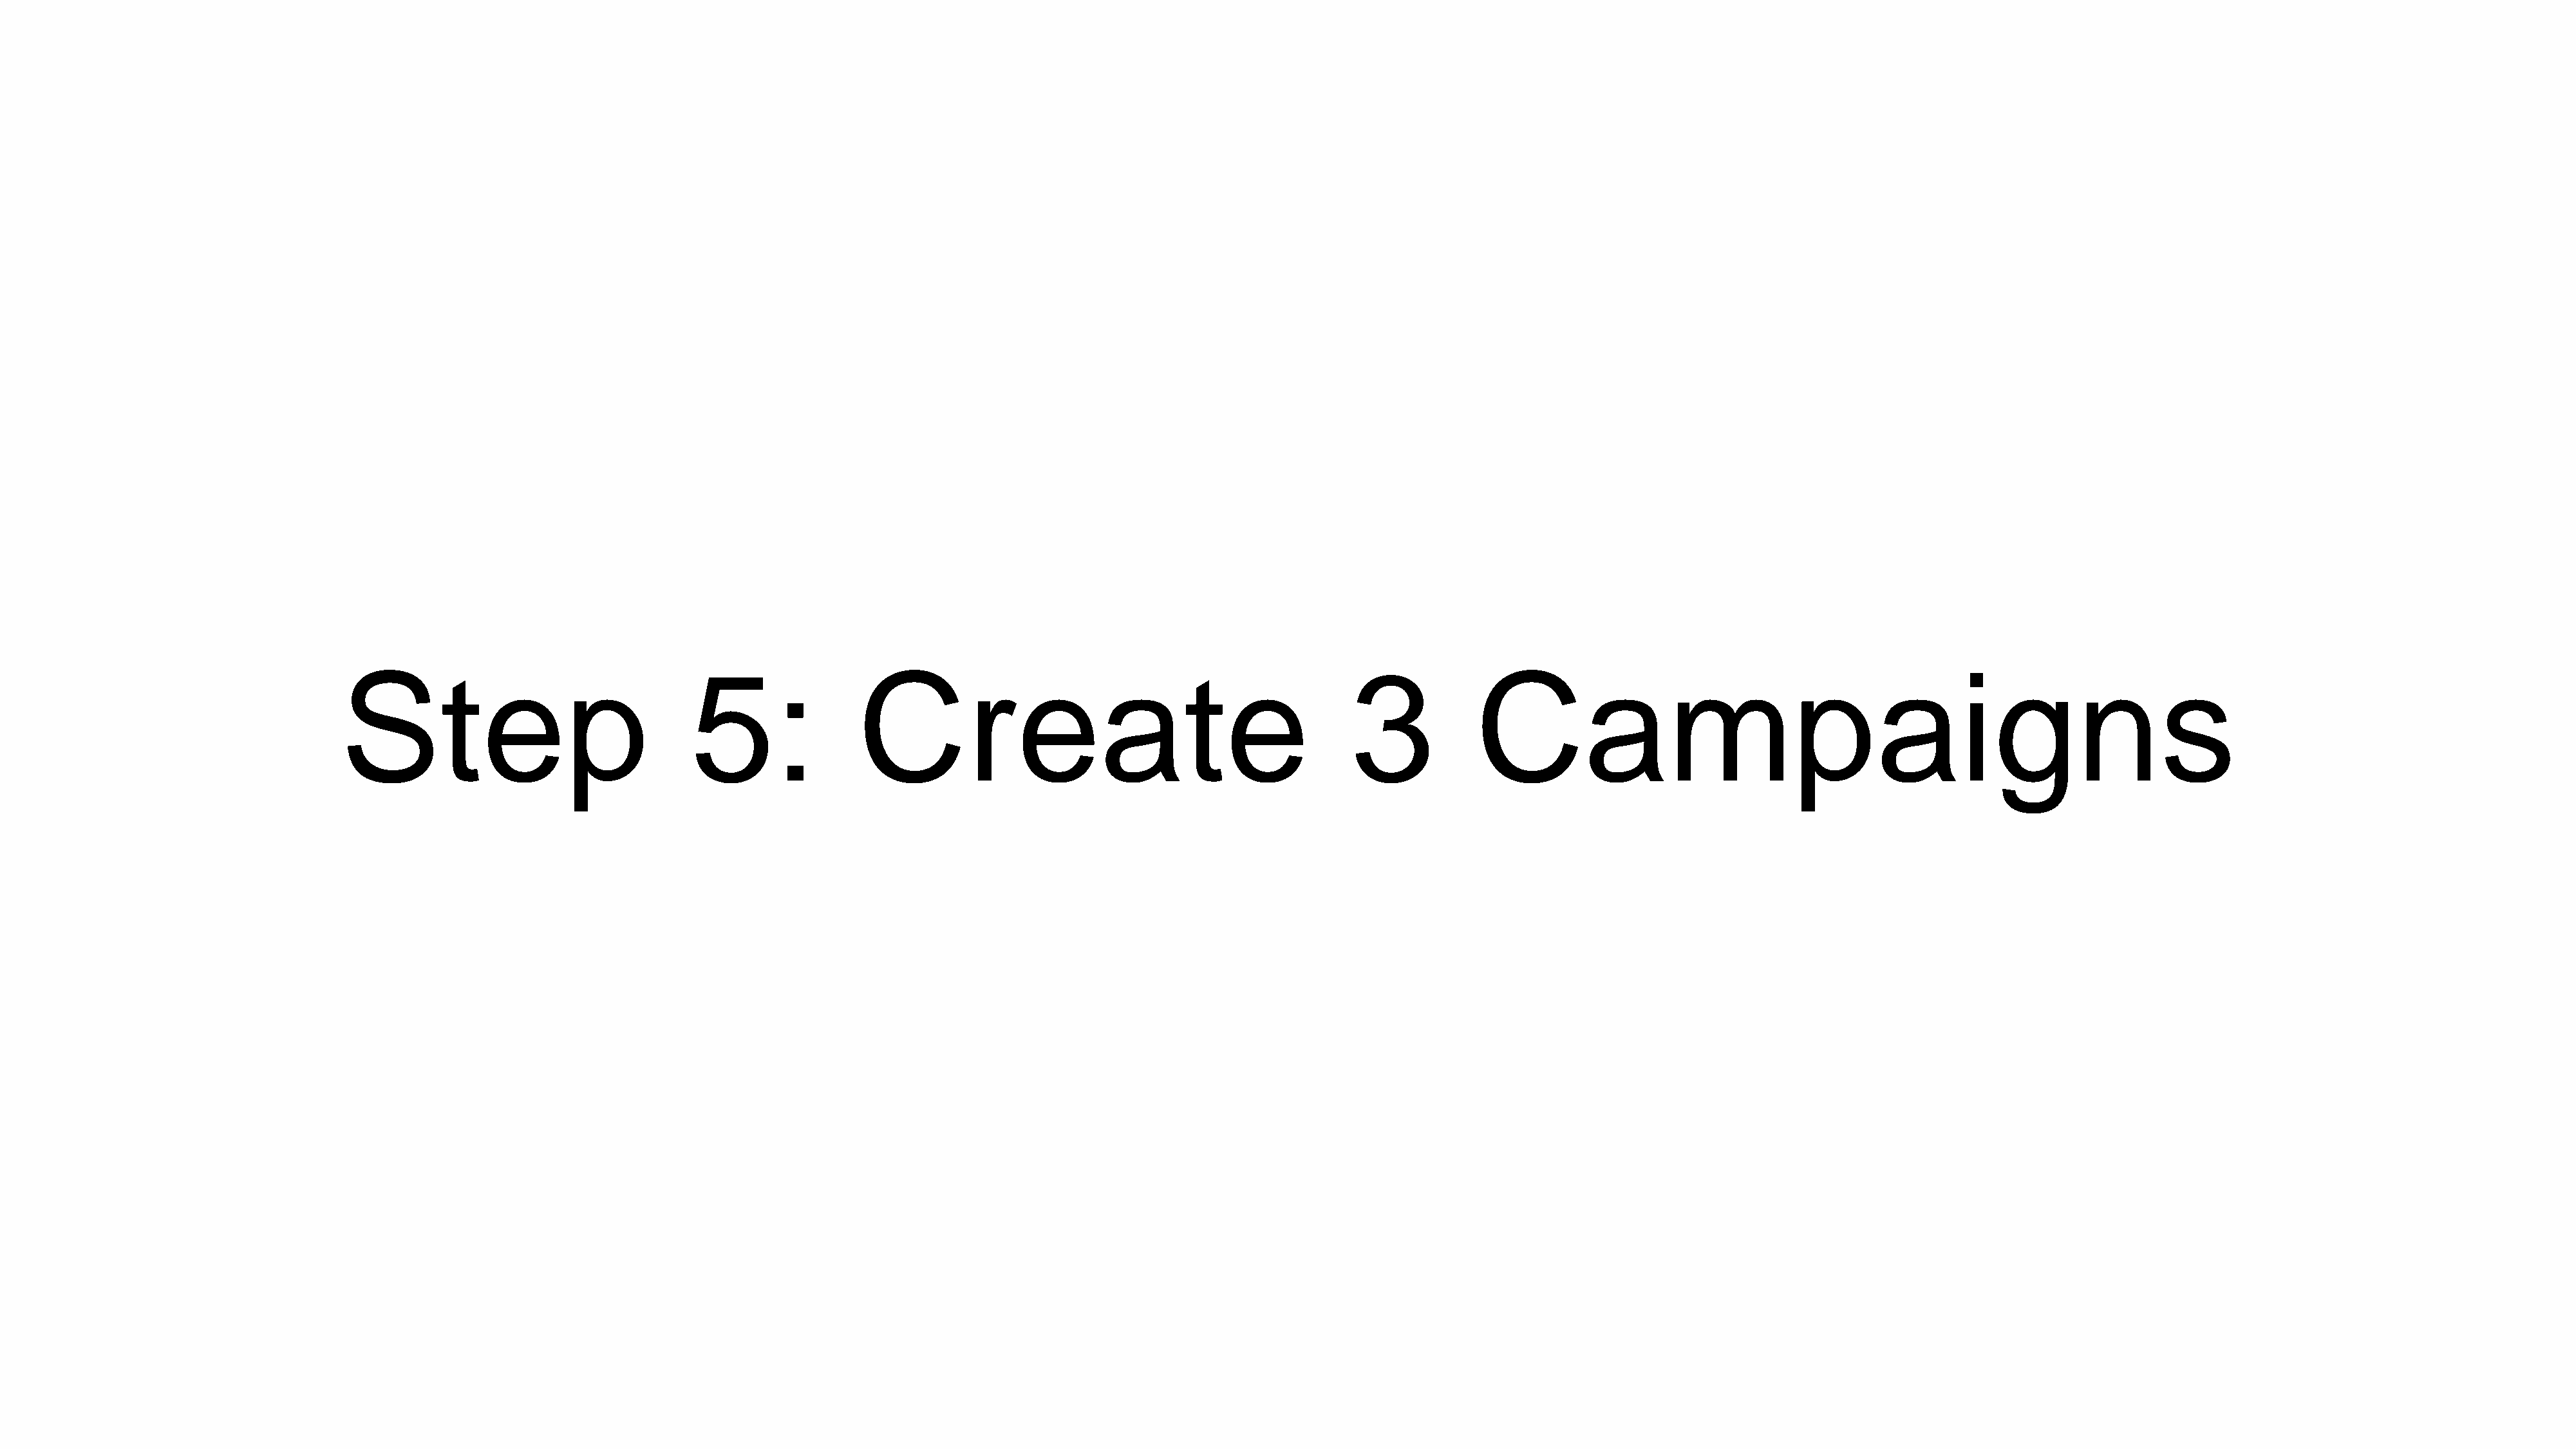
Step                                5:               Create                                             3            Campaigns